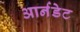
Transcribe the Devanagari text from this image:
आर्नडेट